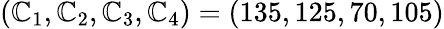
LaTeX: (\mathbb{C}_{1},\mathbb{C}_{2},\mathbb{C}_{3},\mathbb{C}_{4})=(135,125,70,105)